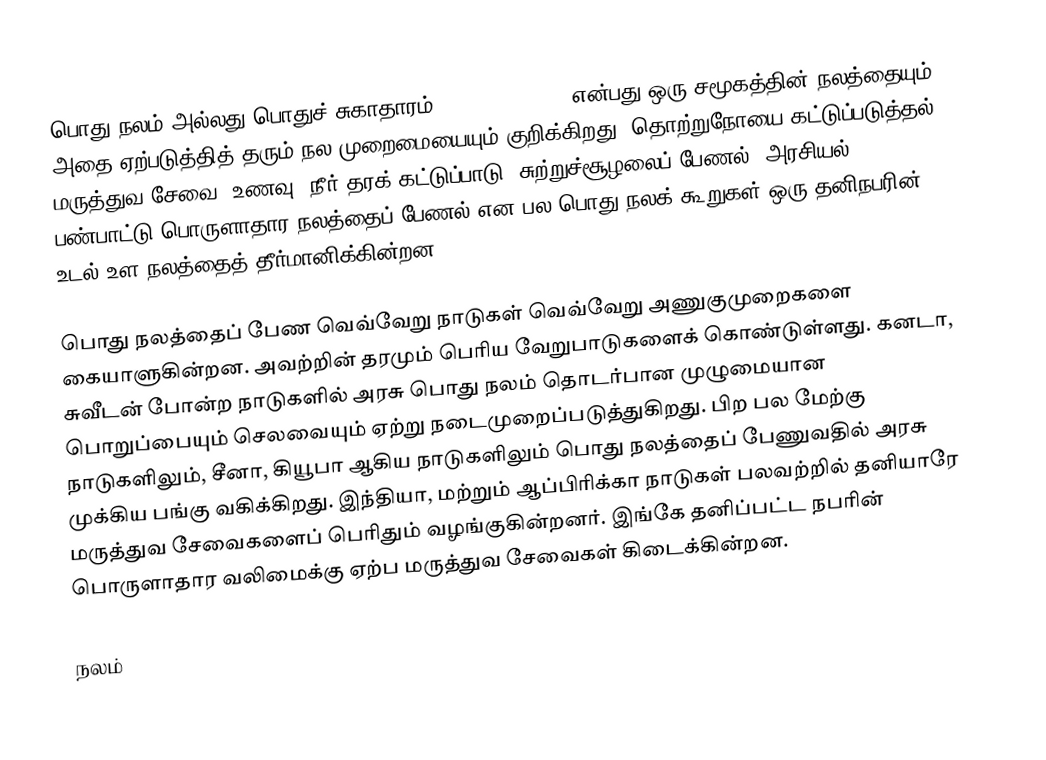
பொது நலம் அல்லது பொதுச் சுகாதாரம் (Public Health) என்பது ஒரு சமூகத்தின் நலத்தையும், அதை ஏற்படுத்தித் தரும் நல முறைமையையும் குறிக்கிறது.  தொற்றுநோயை கட்டுப்படுத்தல், மருத்துவ சேவை, உணவு, நீர் தரக் கட்டுப்பாடு, சுற்றுச்சூழலைப் பேணல், அரசியல் பண்பாட்டு பொருளாதார நலத்தைப் பேணல் என பல பொது நலக் கூறுகள் ஒரு தனிநபரின் உடல் உள நலத்தைத் தீர்மானிக்கின்றன.

பொது நலத்தைப் பேண வெவ்வேறு நாடுகள் வெவ்வேறு அணுகுமுறைகளை கையாளுகின்றன.  அவற்றின் தரமும் பெரிய வேறுபாடுகளைக் கொண்டுள்ளது.  கனடா, சுவீடன் போன்ற நாடுகளில் அரசு பொது நலம் தொடர்பான முழுமையான பொறுப்பையும் செலவையும் ஏற்று நடைமுறைப்படுத்துகிறது.  பிற பல மேற்கு நாடுகளிலும், சீனா, கியூபா ஆகிய நாடுகளிலும் பொது நலத்தைப் பேணுவதில் அரசு முக்கிய பங்கு வகிக்கிறது.  இந்தியா, மற்றும் ஆப்பிரிக்கா நாடுகள் பலவற்றில் தனியாரே மருத்துவ சேவைகளைப் பெரிதும் வழங்குகின்றனர்.  இங்கே தனிப்பட்ட நபரின் பொருளாதார வலிமைக்கு ஏற்ப மருத்துவ சேவைகள் கிடைக்கின்றன.

நலம்